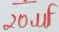
Text: 20µF